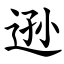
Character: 逊